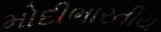
મોદીભારતીય